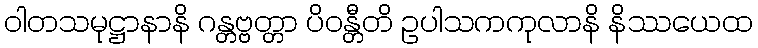
ဝါတသမုဋ္ဌာနာနိ ဂန္တဗ္ဗတ္တာ ပိဝန္တီတိ ဥပါသကကုလာနိ နိဿယေထ